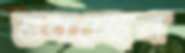
শুনচ্ছেন